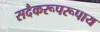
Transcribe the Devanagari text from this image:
सदैकरूपरूपाय